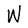
Character: W